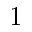
1